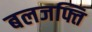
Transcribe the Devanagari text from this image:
बलजफ्ति